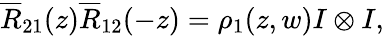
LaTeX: \overline{{{R}}}_{21}(z)\overline{{{R}}}_{12}(-z)=\rho_{1}(z,w)I\otimes I,